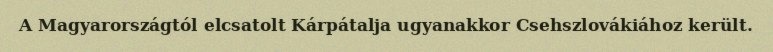
A Magyarországtól elcsatolt Kárpátalja ugyanakkor Csehszlovákiához került.